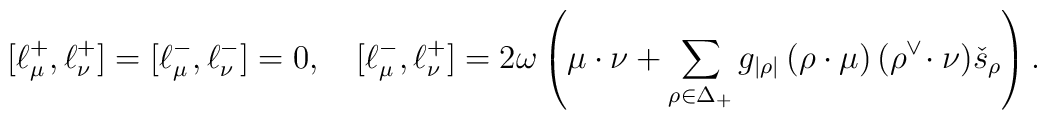
[\ell_{\mu}^+,\ell_{\nu}^+]=[\ell_{\mu}^-,\ell_{\nu}^-]=0,\quad   [\ell^-_{\mu},\ell^+_{\nu}]=2\omega\left(\mu\cdot\nu+   \sum_{\rho\in\Delta_{+}}g_{|\rho|}   \,(\rho\cdot\mu)\,(\rho^\vee\!\cdot\nu)\check{s}_{\rho}\right).